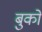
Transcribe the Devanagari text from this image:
बुकों